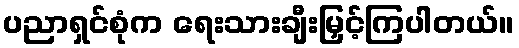
ပညာရှင်စုံက ရေးသားချီးမြှင့်ကြပါတယ်။